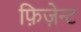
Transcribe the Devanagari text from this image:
फ़िज़ेन्ट